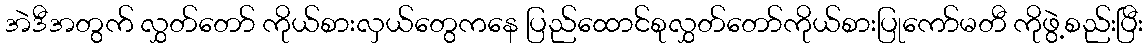
အဲဒီအတွက် လွှတ်တော် ကိုယ်စားလှယ်တွေကနေ ပြည်ထောင်စုလွှတ်တော်ကိုယ်စားပြုကော်မတီ ကိုဖွဲ့စည်းပြီး